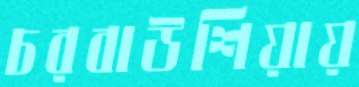
চরবাউশিয়ায়